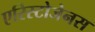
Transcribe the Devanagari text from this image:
एरिस्टोजेनस